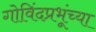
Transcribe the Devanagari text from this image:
गोविंदप्रभूंच्या